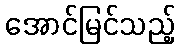
အောင်မြင်သည့်